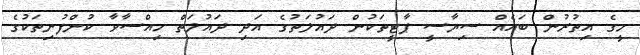
މީގެ އިތުރުން ބައެއް ސިޔާސީ ޕާޓީތަކުން ދައުލަތުގެ އަދި ދައުލަތް ހިއްސާވާ ކުންފުނިތަކުގެ